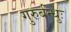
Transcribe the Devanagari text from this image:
गुरुर्बन्धुः